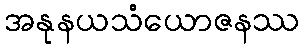
အနုနယသံယောဇနဿ